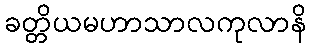
ခတ္တိယမဟာသာလကုလာနိ